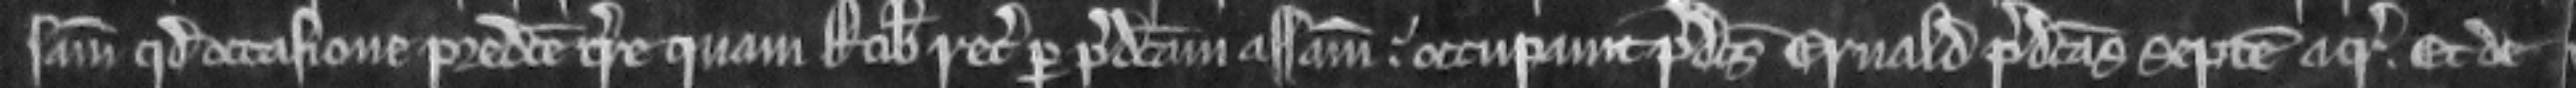
sam quod occasione predicte terre quam Robertus recuperavit per predictam assisam. occupavit predictus Ernaldus predictas septem acras. Et de